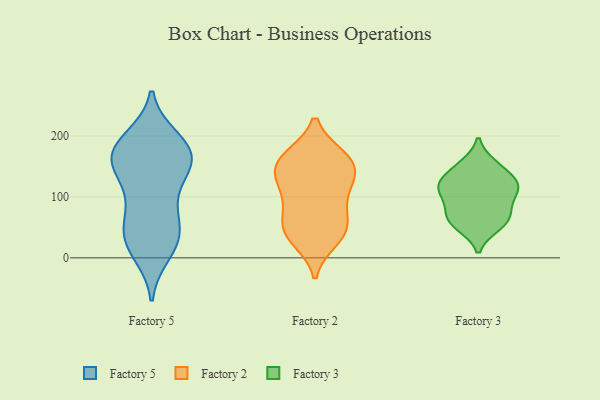
{"axis": {"x": "Market Share (%)", "y": "Value"}, "legend": ["Factory 2", "Factory 3", "Factory 5"], "data": [{"x": "", "y": 85, "type": "Factory 5"}, {"x": "", "y": 139, "type": "Factory 5"}, {"x": "", "y": 179, "type": "Factory 5"}, {"x": "", "y": 193, "type": "Factory 5"}, {"x": "", "y": 28, "type": "Factory 5"}, {"x": "", "y": 162, "type": "Factory 5"}, {"x": "", "y": 160, "type": "Factory 5"}, {"x": "", "y": 41, "type": "Factory 5"}, {"x": "", "y": 39, "type": "Factory 5"}, {"x": "", "y": 10, "type": "Factory 5"}, {"x": "", "y": 169, "type": "Factory 5"}, {"x": "", "y": 84, "type": "Factory 5"}, {"x": "", "y": 31, "type": "Factory 5"}, {"x": "", "y": 174, "type": "Factory 5"}, {"x": "", "y": 179, "type": "Factory 5"}, {"x": "", "y": 136, "type": "Factory 5"}, {"x": "", "y": 30, "type": "Factory 2"}, {"x": "", "y": 126, "type": "Factory 2"}, {"x": "", "y": 102, "type": "Factory 2"}, {"x": "", "y": 65, "type": "Factory 2"}, {"x": "", "y": 90, "type": "Factory 2"}, {"x": "", "y": 162, "type": "Factory 2"}, {"x": "", "y": 156, "type": "Factory 2"}, {"x": "", "y": 165, "type": "Factory 2"}, {"x": "", "y": 164, "type": "Factory 2"}, {"x": "", "y": 130, "type": "Factory 2"}, {"x": "", "y": 49, "type": "Factory 2"}, {"x": "", "y": 138, "type": "Factory 2"}, {"x": "", "y": 41, "type": "Factory 2"}, {"x": "", "y": 43, "type": "Factory 2"}, {"x": "", "y": 148, "type": "Factory 3"}, {"x": "", "y": 116, "type": "Factory 3"}, {"x": "", "y": 53, "type": "Factory 3"}, {"x": "", "y": 113, "type": "Factory 3"}, {"x": "", "y": 68, "type": "Factory 3"}, {"x": "", "y": 55, "type": "Factory 3"}, {"x": "", "y": 152, "type": "Factory 3"}, {"x": "", "y": 110, "type": "Factory 3"}, {"x": "", "y": 118, "type": "Factory 3"}, {"x": "", "y": 127, "type": "Factory 3"}, {"x": "", "y": 70, "type": "Factory 3"}, {"x": "", "y": 86, "type": "Factory 3"}]}